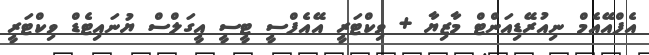
އެފްއޭއެމް ނިއުރޭޑިއަންޓް މާޒިޔާ + ވިކްޓަރީ އޭއެފްސީ ޓީސީ އީގަލްސް ޔުނައިޓެޑް ވިކްޓަރީ